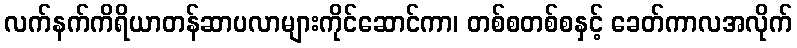
လက်နက်ကိရိယာတန်ဆာပလာများကိုင်ဆောင်ကာ၊ တစ်စတစ်စနှင့် ခေတ်ကာလအလိုက်